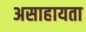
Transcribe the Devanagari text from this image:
असाहायता